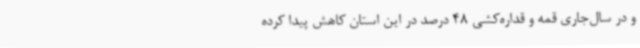
و در سال‌جاری قمه و قداره‌کشی 48 درصد در این استان کاهش پیدا کرده